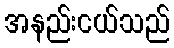
အနည်းငယ်သည်